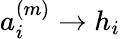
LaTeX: a_{i}^{(m)}\rightarrow h_{i}